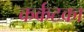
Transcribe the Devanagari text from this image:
कर्कटका